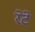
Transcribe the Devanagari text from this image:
रेटे